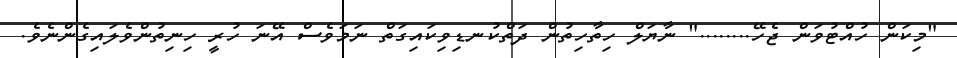
"މިކަން ހުއްޓުވަން ޖެހޭ........" ނާޔަލް ހިތާހިތުން ދަތްކުނޑިވިކައިގަތް ނަމަވެސް އޭނަ ހުރީ ހިނިތުންވެލައިގެންނެވެ.